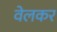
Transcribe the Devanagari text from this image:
वेलकर